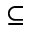
\subseteq